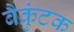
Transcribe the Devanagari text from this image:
बैक्रुंटक